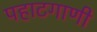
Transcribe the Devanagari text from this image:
पहाटगाणी